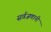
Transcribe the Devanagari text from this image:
सर्वजणानी